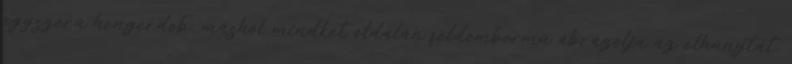
egyszerű hengerdob; máshol mindkét oldalán féldombormű ábrázolja az elhunytat,